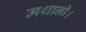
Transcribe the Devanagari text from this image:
मथानी।